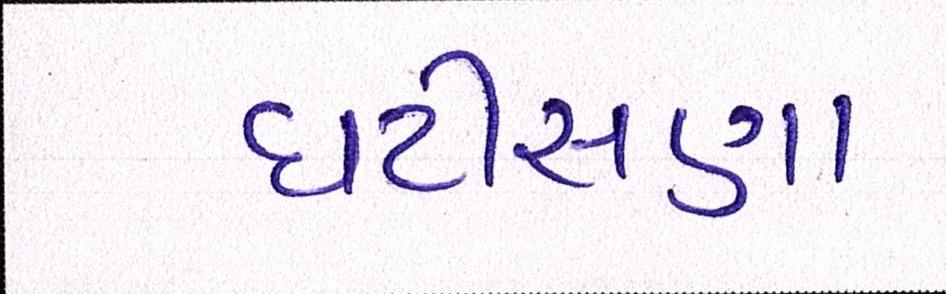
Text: ઘટીસણા